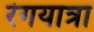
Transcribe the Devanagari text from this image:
रंगयात्रा